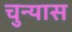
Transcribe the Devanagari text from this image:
चुन्यास